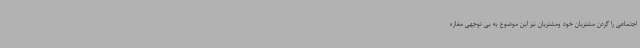
اجتماعی را گردن مشتریان خود ومشتریان نیز این موضوع به بی توجهی مغازه